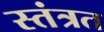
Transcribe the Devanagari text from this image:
स्‍तंत्रत